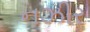
નઝીર